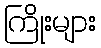
ကြိုးများ